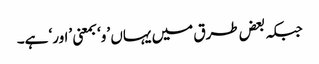
جبکہ بعض طرق میں یہاں ’و‘ بمعنی ’اور‘ ہے۔